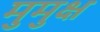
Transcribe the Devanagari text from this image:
मुुमुक्ष